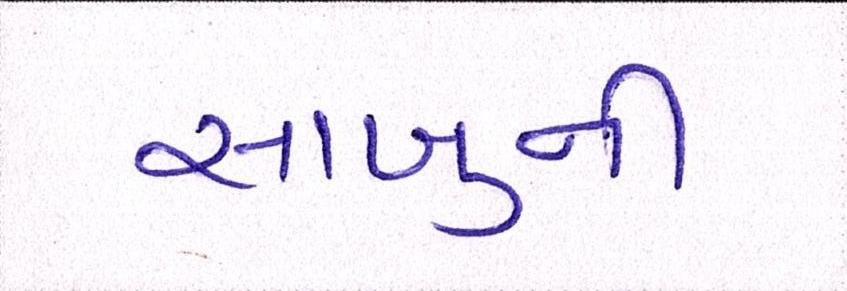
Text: સાબુની